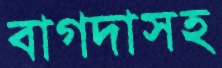
বাগদাসহ